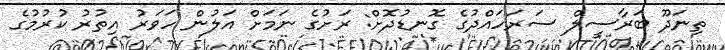
ތިނަދޫ ބަރާސީލް ސަރަހައްދުގެ ގޮނޑުދޮށް: ރަށުގެ ނަމަށް އަލުން ހަވަރު އިތުރު ކުރުމުގެ